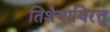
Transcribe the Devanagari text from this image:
तिशैयायिरत्तु